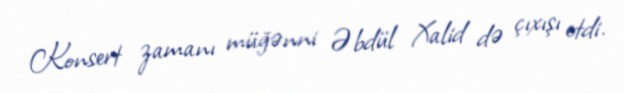
Konsert zamanı müğənni Əbdül Xalid də çıxışı etdi.